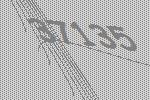
37135